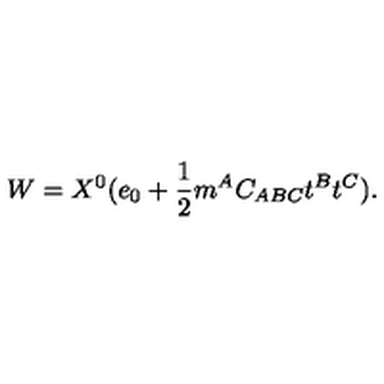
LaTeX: W = X ^ { 0 } ( e _ { 0 } + { \frac { 1 } { 2 } } m ^ { A } C _ { A B C } t ^ { B } t ^ { C } ) .